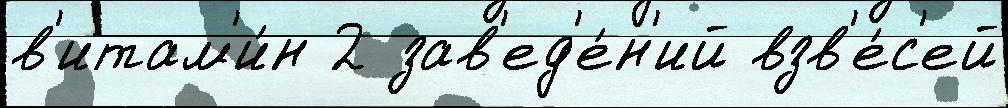
в'итам'и́н 2 зав'ед'е́н'ий взв'е́с'ей